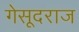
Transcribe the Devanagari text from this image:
गेसूदराज